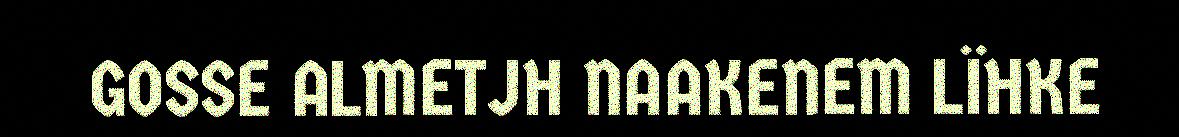
GOSSE ALMETJH NAAKENEM LÏHKE